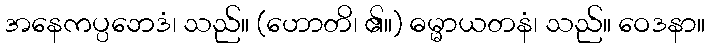
အနေကပ္ပဘေဒံ၊ သည်။ (ဟောတိ၊ ၏။) ဓမ္မာယတနံ၊ သည်။ ဝေဒနာ။